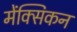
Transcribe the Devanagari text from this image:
मेंक्सिकन